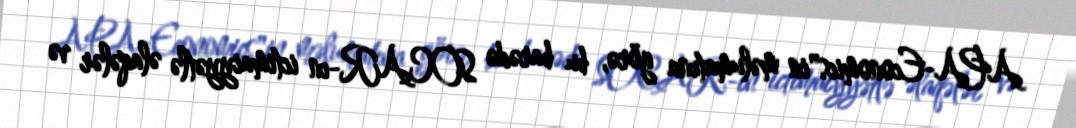
APA-Economics"in məlumatına görə, bu barədə SOCAR-ın ictimaiyyətlə əlaqələr və